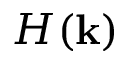
H ( \mathbf k )